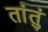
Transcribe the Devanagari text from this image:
तांतुं